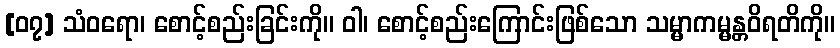
[၀၇] သံဝရော၊ စောင့်စည်းခြင်းကို။ ဝါ၊ စောင့်စည်းကြောင်းဖြစ်သော သမ္မာကမ္မန္တဝိရတိကို။